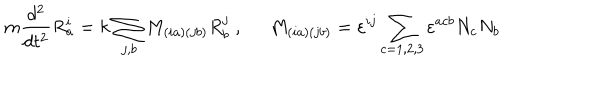
LaTeX: m \frac { d ^ { 2 } } { d t ^ { 2 } } R _ { a } ^ { i } = k \, \sum _ { j , b } M _ { \left( i a \right) \left( j b \right) } R _ { b } ^ { j } \; , \; \; M _ { \left( i a \right) \left( j b \right) } = \varepsilon ^ { i j } \sum _ { c = 1 , 2 , 3 } \varepsilon ^ { a c b } N _ { c } N _ { b }